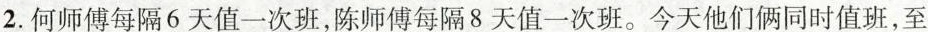
2. 何师傅每隔6天值一次班，陈师傅每隔8天值一次班。今天他们俩同时值班，至